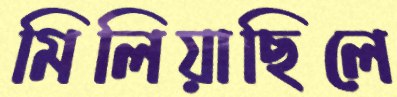
মিলিয়াছিলে